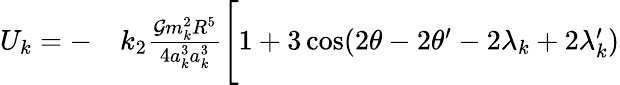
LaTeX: \begin{array}{rl}{U_{k}=-}&{{}k_{2}\frac{\mathcal{G}m_{k}^{2}R^{5}}{4a_{k}^{3}a_{k}^{3}}\Bigg[1+3\cos(2\theta-2\theta^{\prime}-2\lambda_{k}+2\lambda_{k}^{\prime})}\end{array}